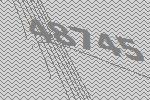
48745